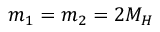
m _ { 1 } = m _ { 2 } = 2 M _ { H }